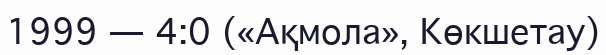
1999 — 4:0 («Ақмола», Көкшетау)